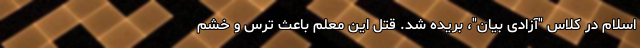
اسلام در کلاس "آزادی بیان"، بریده شد. قتل این معلم باعث ترس و خشم